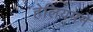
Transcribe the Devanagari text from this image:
हेलियमने